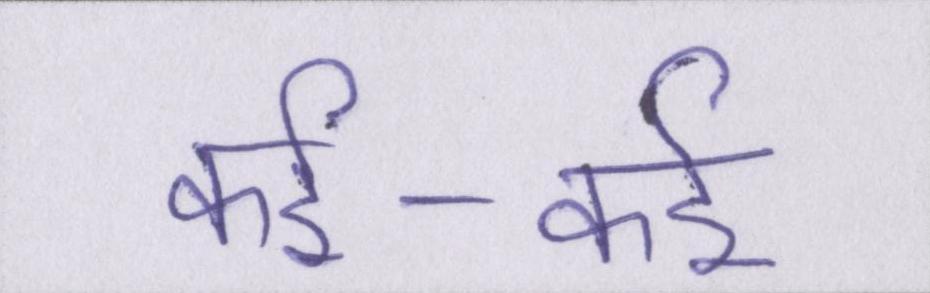
कई-कई